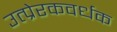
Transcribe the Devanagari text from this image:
उत्प्रेरकवर्धक